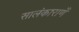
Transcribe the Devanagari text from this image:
सालंकाराणँ